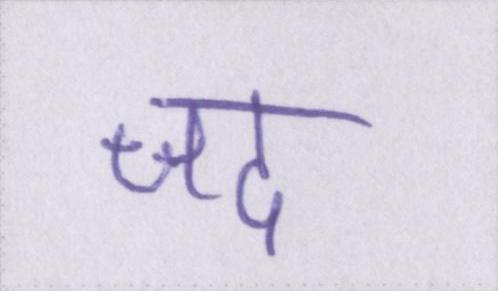
जद